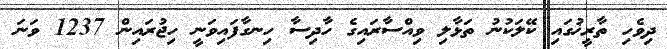
ދިވެހި ތާރީޚުގައި ކޭލަކުނު ތަޅާލި ވިއްސާރައިގެ ހާދިސާ ހިނގާފައިވަނީ ހިޖުރައިން 1237 ވަނަ